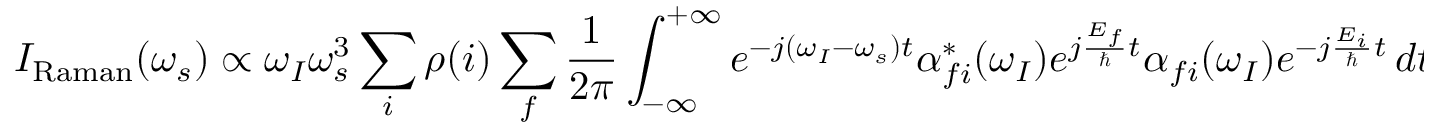
I _ { \mathrm { R a m a n } } ( \omega _ { s } ) \propto \omega _ { I } \omega _ { s } ^ { 3 } \sum _ { i } \rho ( i ) \sum _ { f } \frac { 1 } { 2 \pi } \int _ { - \infty } ^ { + \infty } e ^ { - j ( \omega _ { I } - \omega _ { s } ) t } \alpha _ { f i } ^ { * } ( \omega _ { I } ) e ^ { j \frac { E _ { f } } { \hbar } t } \alpha _ { f i } ( \omega _ { I } ) e ^ { - j \frac { E _ { i } } { \hbar } t } \, d t .